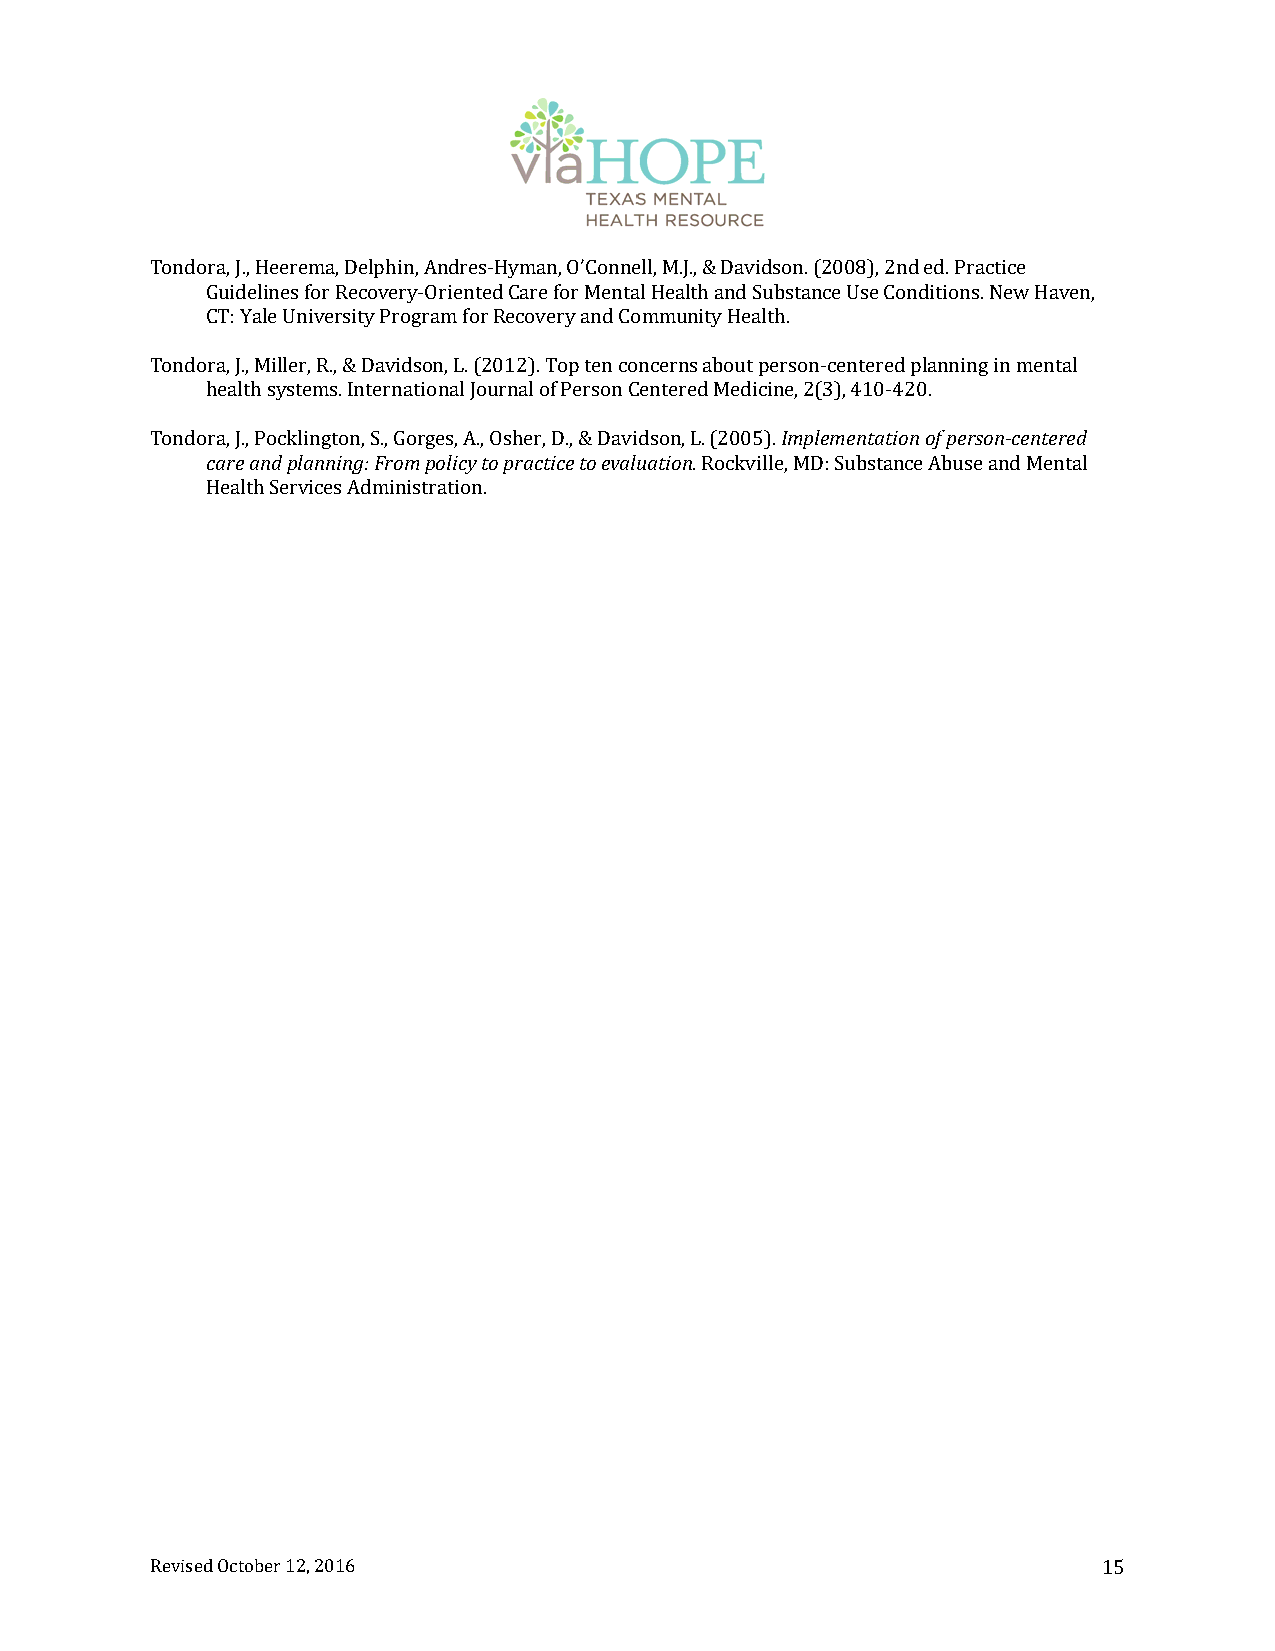
Tondora, J., Heerema, Delphin, Andres‐Hyman, O’Connell, M.J., & Davidson. (2008), 2nd ed. Practice
 Guidelines for Recovery‐Oriented Care for Mental Health and Substance Use Conditions. New Haven,
 CT: Yale University Program for Recovery and Community Health.
 Tondora, J., Miller, R., & Davidson, L. (2012). Top ten concerns about person‐centered planning in mental
 health systems. International Journal of Person Centered Medicine, 2(3), 410‐420.
 Tondora, J., Pocklington, S., Gorges, A., Osher, D., & Davidson, L. (2005). Implementation of person‐centered
 care and planning: From policy to practice to evaluation. Rockville, MD: Substance Abuse and Mental
 Health Services Administration.
 Revised October 12, 2016                                       15